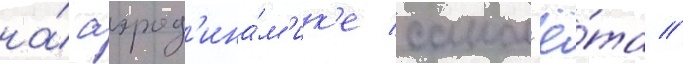
на́ аэрод'ина́м'ик'е самол'ё́та //